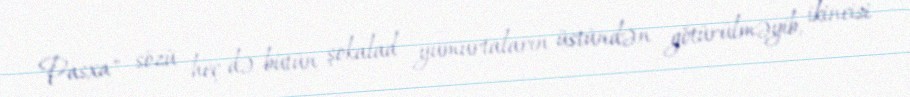
"Pasxa" sözü heç də bütün şokalad yumurtaların üstündən götürülməyib, ikincisi